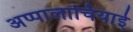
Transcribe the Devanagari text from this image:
अप्पालाचियाई